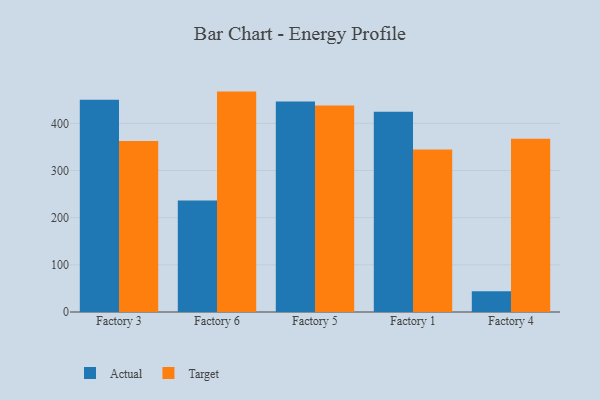
{"axis": {"x": "Factory", "y": "Churn Rate (%)"}, "legend": ["Actual", "Target"], "data": [{"x": "Factory 3", "y": 449.8, "type": "Actual"}, {"x": "Factory 3", "y": 362.4, "type": "Target"}, {"x": "Factory 6", "y": 236.3, "type": "Actual"}, {"x": "Factory 6", "y": 467.2, "type": "Target"}, {"x": "Factory 5", "y": 446.1, "type": "Actual"}, {"x": "Factory 5", "y": 437.6, "type": "Target"}, {"x": "Factory 1", "y": 424.7, "type": "Actual"}, {"x": "Factory 1", "y": 344.4, "type": "Target"}, {"x": "Factory 4", "y": 43.8, "type": "Actual"}, {"x": "Factory 4", "y": 367.3, "type": "Target"}]}